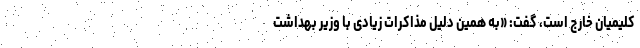
کلیمیان خارج است، گفت: «به همین دلیل مذاکرات زیادی با وزیر بهداشت